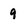
Character: 9